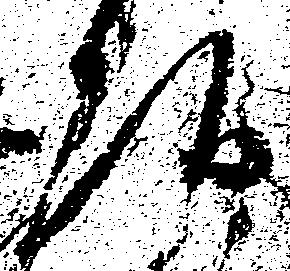
頭